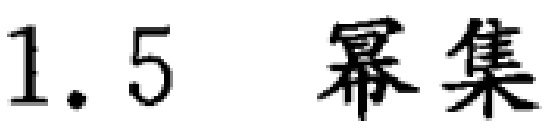
1.5 幂集